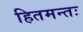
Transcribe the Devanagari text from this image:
हितमन्तः